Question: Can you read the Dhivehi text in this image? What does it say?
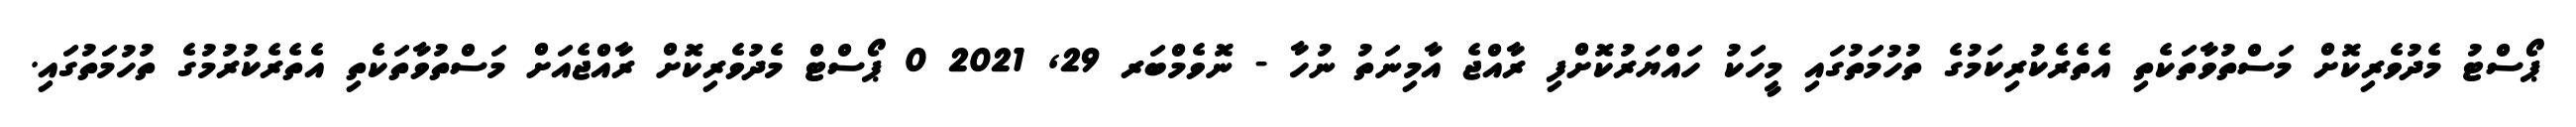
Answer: ޕޯސްޓު މެދުވެރިކޮށް މަސްތުވާތަކެތި އެތެރެކުރިކަމުގެ ތުހުމަތުގައި މީހަކު ހައްޔަރުކޮށްފި ރާއްޖެ އާމިނަތު ނުހާ - ނޮވެމްބަރ 29, 2021 0 ޕޯސްޓް މެދުވެރިކޮށް ރާއްޖެއަށް މަސްތުވާތަކެތި އެތެރެކުރުމުގެ ތުހުމަތުގައި.